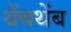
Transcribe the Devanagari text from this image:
थेंबथेंब